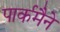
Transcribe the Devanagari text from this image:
पार्कमैने